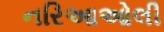
નરિઆઓલી